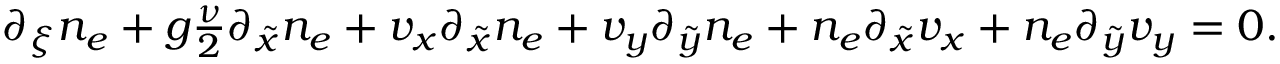
\begin{array} { r } { \partial _ { \xi } n _ { e } + g \frac { \nu } { 2 } \partial _ { \tilde { x } } n _ { e } + v _ { x } \partial _ { \tilde { x } } n _ { e } + v _ { y } \partial _ { \tilde { y } } n _ { e } + n _ { e } \partial _ { \tilde { x } } v _ { x } + n _ { e } \partial _ { \tilde { y } } v _ { y } = 0 . } \end{array}